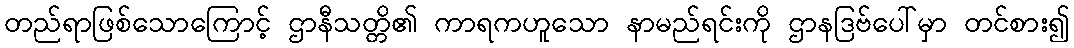
တည်ရာဖြစ်သောကြောင့် ဌာနီသတ္တိ၏ ကာရကဟူသော နာမည်ရင်းကို ဌာနဒြဗ်ပေါ်မှာ တင်စား၍